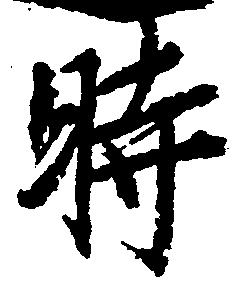
時